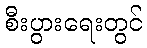
စီးပွားရေးတွင်